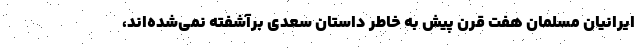
ایرانیان مسلمان هفت قرن پیش به خاطر داستان سعدی برآشفته نمی‌شده‌اند،